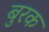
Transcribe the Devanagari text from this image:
बुरक